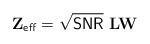
LaTeX: \begin{align*}\mathbf{Z}_{\sf eff} = \sqrt{{\sf SNR}}\,\, \mathbf{L} \mathbf{W}\end{align*}